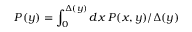
P ( y ) = \int _ { 0 } ^ { \Delta ( y ) } d x \; P ( x , y ) / \Delta ( y )